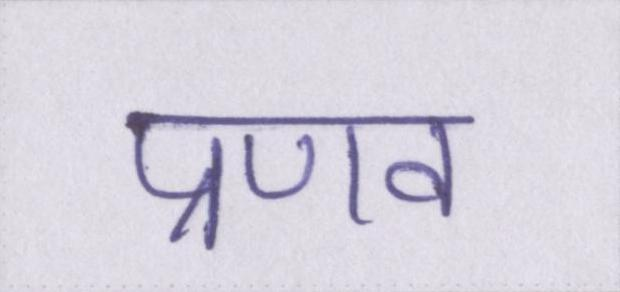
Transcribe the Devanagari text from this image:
प्रणव